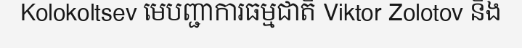
Kolokoltsev មេបញ្ជាការធម្មជាតិ Viktor Zolotov និង